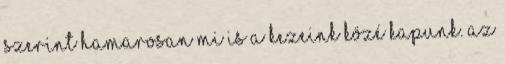
szerint hamarosan mi is a kezeink közé kapunk. Az